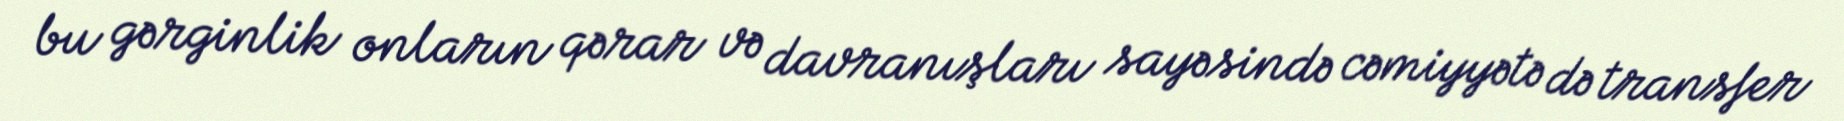
bu gərginlik onların qərar və davranışları sayəsində cəmiyyətə də transfer